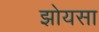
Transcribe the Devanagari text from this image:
झोयसा